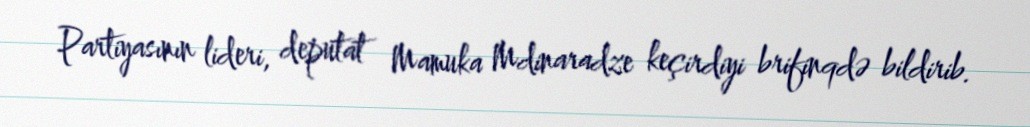
Partiyasının lideri, deputat Mamuka Mdinaradze keçirdiyi brifinqdə bildirib.